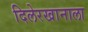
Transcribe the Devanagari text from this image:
दिलेरखानाला